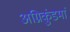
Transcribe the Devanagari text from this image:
अग्निकुंडमां